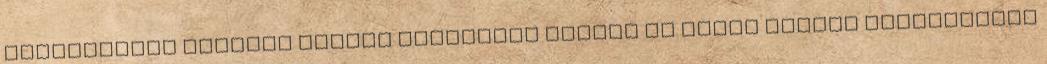
fejlesztése Kölcsey Ferenc Általános Iskola és Óvoda HODÁSZ Kompetencia